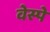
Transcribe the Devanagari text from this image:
वेस्पे